Civil Veterinary Dept. North-West Frontier Province 1933-46 - 1933-1946
Year: 1933
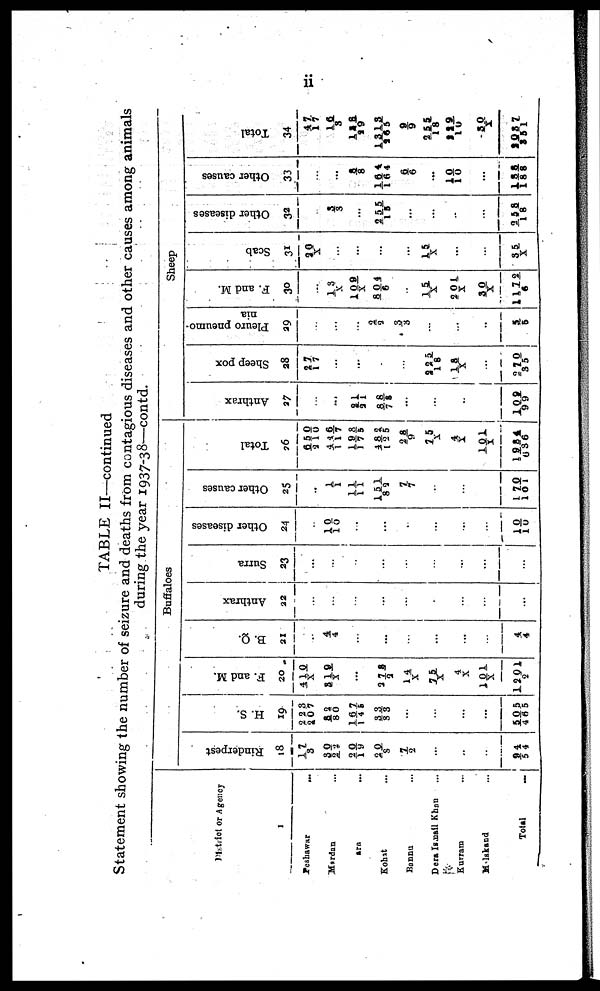
ii
TABLE II—continued
Statement showing the number of seizure and deaths from contagious diseases and other causes among animals
during the year 1937-38—contd.
District or Agency
I
Peshawar
...
Mardan ...
Hazara ...
Kohat ...
Bannu ...
Dera Ismail Khan ...
Kurram ...
Malskand ...
Total
...
Buffaloes
Rinderpest
18
17/3
30/22
20/1 9
20/8
7/2
...
...
...
9 4/54
H. S.
19
223/ 207
32/80
1 6 7 / 1 4 5
3 3/33
...
...
...
...
505/465
F. and M.
20
410/X
519/X
...
373/ 2
14/X
75/X
4/X
101/X
1201/2
B. Q.
21
...
4/4
...
...
...
...
...
...
4/4
Anthrax
22
...
...
...
...
...
...
...
...
...
Surra
23
...
...
...
...
...
...
...
...
...
Other diseases
24
...
10/10
...
...
.
...
...
...
10/10
Other causes
25
...
1/1
11/11
151/82
7/7
...
...
...
170/101
Total
26
650/210
446/117
198/175
482/125
28/9
7 5/X
4/X
101/X
1934/636
Sheep
Anthrax
27
...
...
21/21
88/75
...
...
..
...
109/99
Sheep pox
28
27/17
...
...
...
...
225/18
18/X
...
270 /35
Pleuro pneumo-
nia
29
...
...
...
2/ 2
3/3
...
...
...
5/5
F. and M.
30
...
13/X
109/ X
804/6
...
15/X
201/X
30/X
1172/6
Scab
31
20/X
...
...
...
...
15/
X
...
...
35/X
Other diseases
32
...
3/3
...
255/15
...
...
...
...
2 5 8/ 1 8
Other causes
33
...
...
8/8
164/164
6/6
...
10/ 10
...
188/188
Total
34
47/17
16/3
128/29
1315/265
9/9
255/ 18
229/10
30/X
12057/251